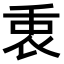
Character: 𠂻